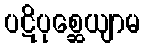
ပဋိပုစ္ဆေယျာမ